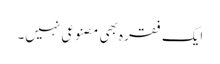
ایک فقرہ بھی مصنوعی نہیں۔